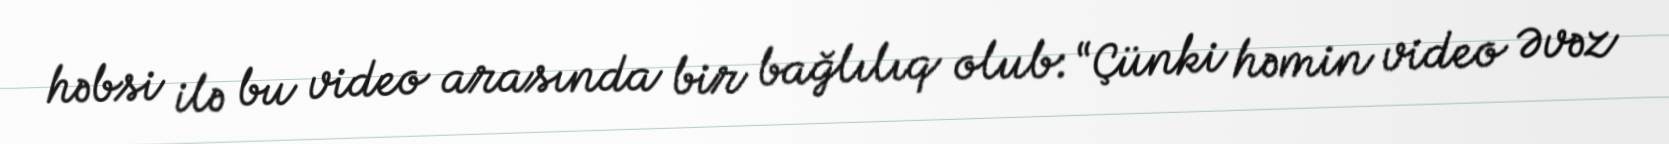
həbsi ilə bu video arasında bir bağlılıq olub: “Çünki həmin video Əvəz